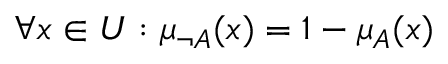
\forall x \in { U } : \mu _ { \neg { A } } ( x ) = 1 - \mu _ { A } ( x )